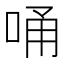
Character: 𠳀